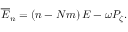
\begin{array} { r } { \overline { { E } } _ { n } = \left( n - N m \right) E - \omega P _ { \zeta } . } \end{array}